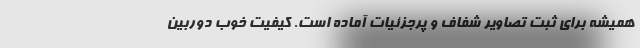
همیشه برای ثبت تصاویر شفاف و پرجزئیات آماده است. کیفیت خوب دوربین